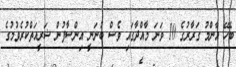
ބެހޭ އާންމު ގަރާރުގެ 10 ވަނަ މާއްދާގައި ވެސް ބުނަނީ އިންސާފުން ޝަރީއަތްކުރެވުމުގެ